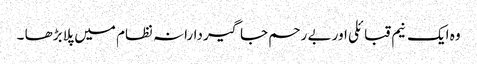
وہ ایک نیم قبائلی اور بے رحم جاگیردارانہ نظام میں پلا بڑھا ۔